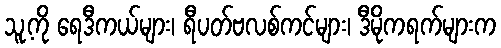
သူ့ကို ရေဒီကယ်များ၊ ရီပတ်ဗလစ်ကင်များ၊ ဒီမိုကရက်များက